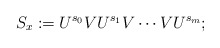
\begin{align*}S_x:=U^{s_0}VU^{s_1}V\cdots V U^{s_m};\end{align*}